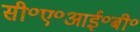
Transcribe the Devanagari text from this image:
सी॰ए॰आई॰बी॰